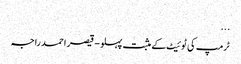
...
ٹرمپ کی ٹوئیٹ کے مثبت پہلو - قیصر احمد راجہ